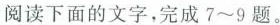
阅读下面的文字，完成7~9题。